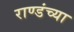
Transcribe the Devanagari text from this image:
राण्डंच्या